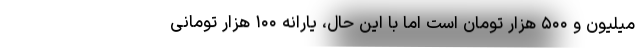
میلیون و ۵۰۰ هزار تومان است اما با این حال، یارانه ۱۰۰ هزار تومانی